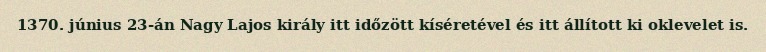
1370. június 23-án Nagy Lajos király itt időzött kíséretével és itt állított ki oklevelet is.